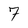
Character: 7